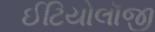
ઈટિયોલૉજી